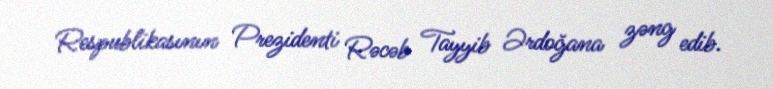
Respublikasının Prezidenti Rəcəb Tayyib Ərdoğana zəng edib.